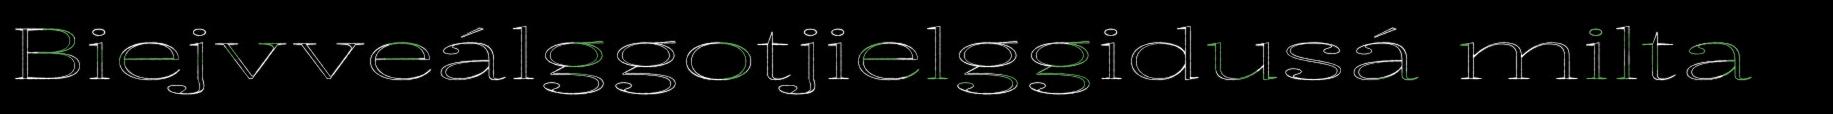
Biejvveálggotjielggidusá milta